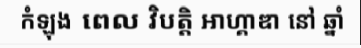
កំឡុង ពេល វិបត្តិ អាហ្គាឌា នៅ ឆ្នាំ